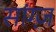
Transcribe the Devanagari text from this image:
सांग्ज़